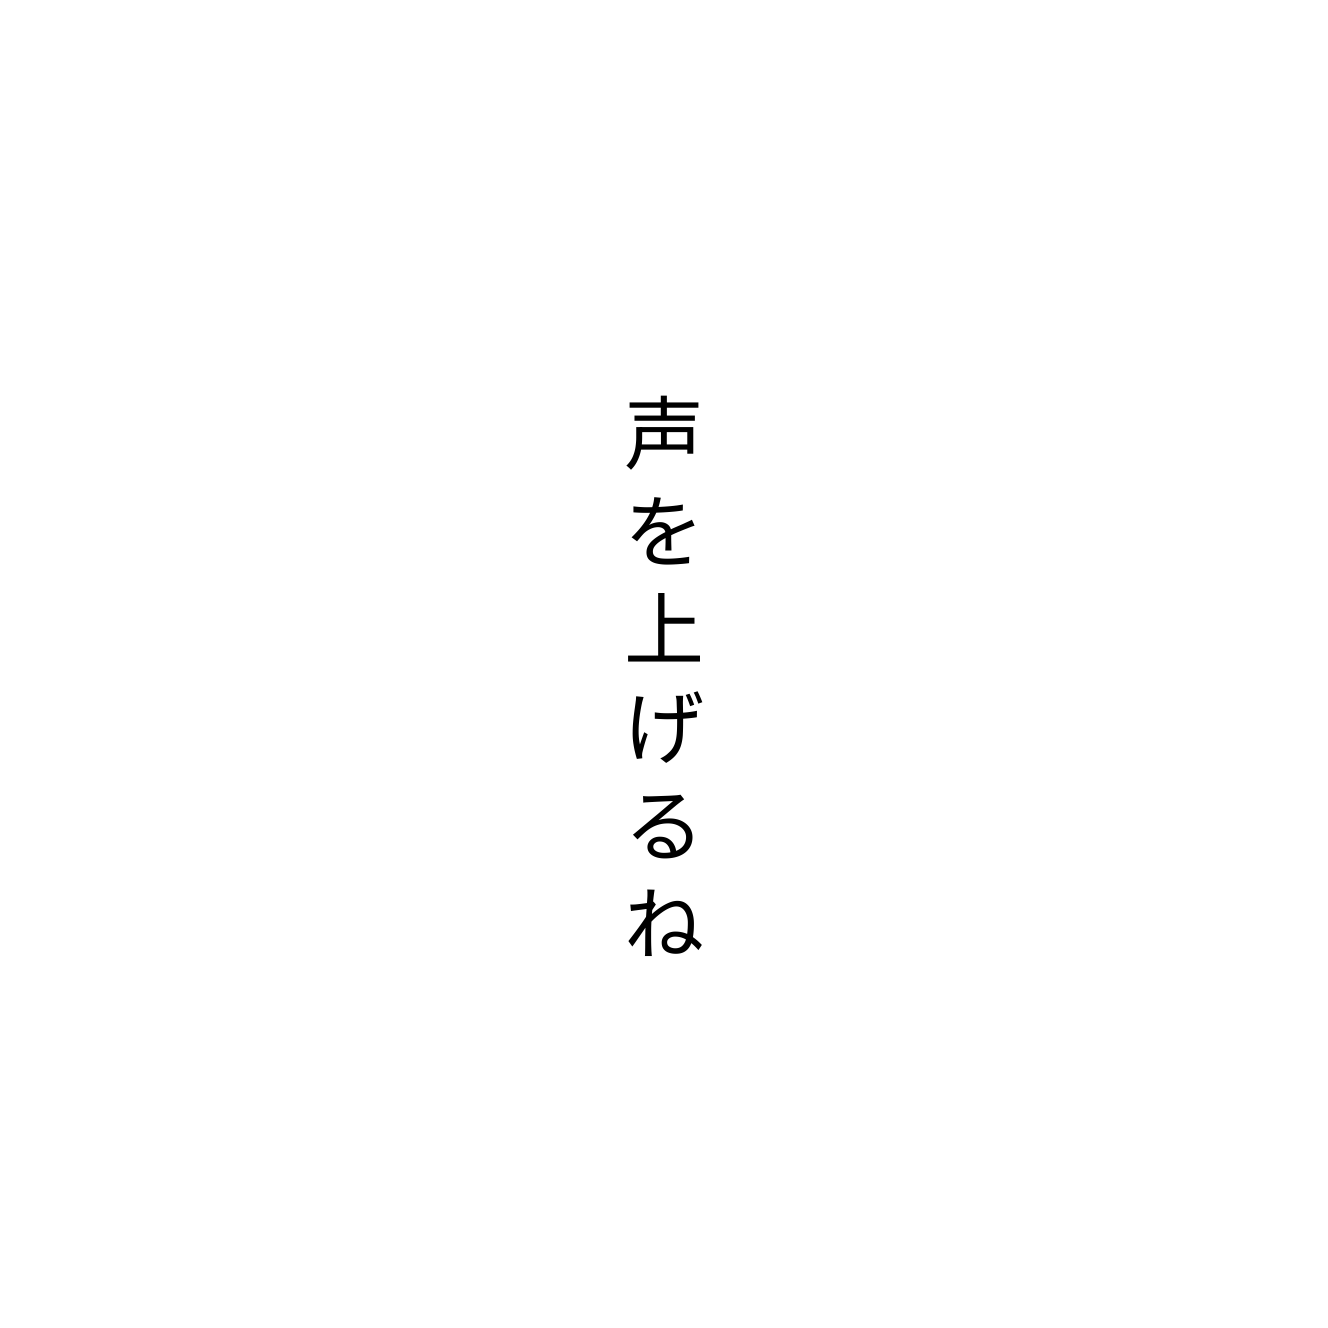
声を上げるね